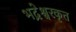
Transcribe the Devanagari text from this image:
भद्रेश्वरकृत